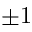
\pm 1